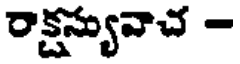
రాక్షస్యువాచ -